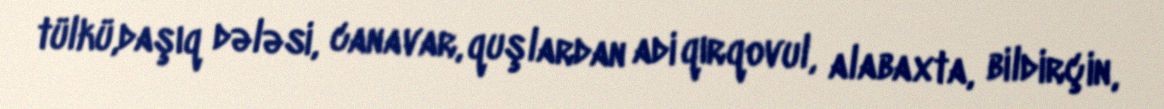
tülkü,daşıq dələsi, canavar, quşlardan adi qırqovul, alabaxta, bildirçin,